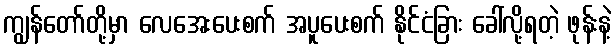
ကျွန်တော်တို့မှာ လေအေးပေးစက် အပူပေးစက် နိုင်ငံခြား ခေါ်လို့ရတဲ့ ဖုန်းနဲ့